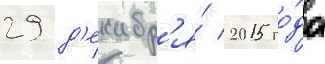
29 д'екабр'я́ 2015 го́да